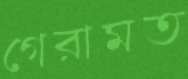
গেরামত